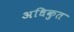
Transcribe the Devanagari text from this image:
अधिकुत